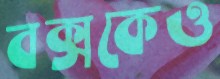
বক্সকেও